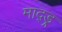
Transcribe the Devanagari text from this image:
माद्ड्र्